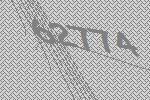
62774